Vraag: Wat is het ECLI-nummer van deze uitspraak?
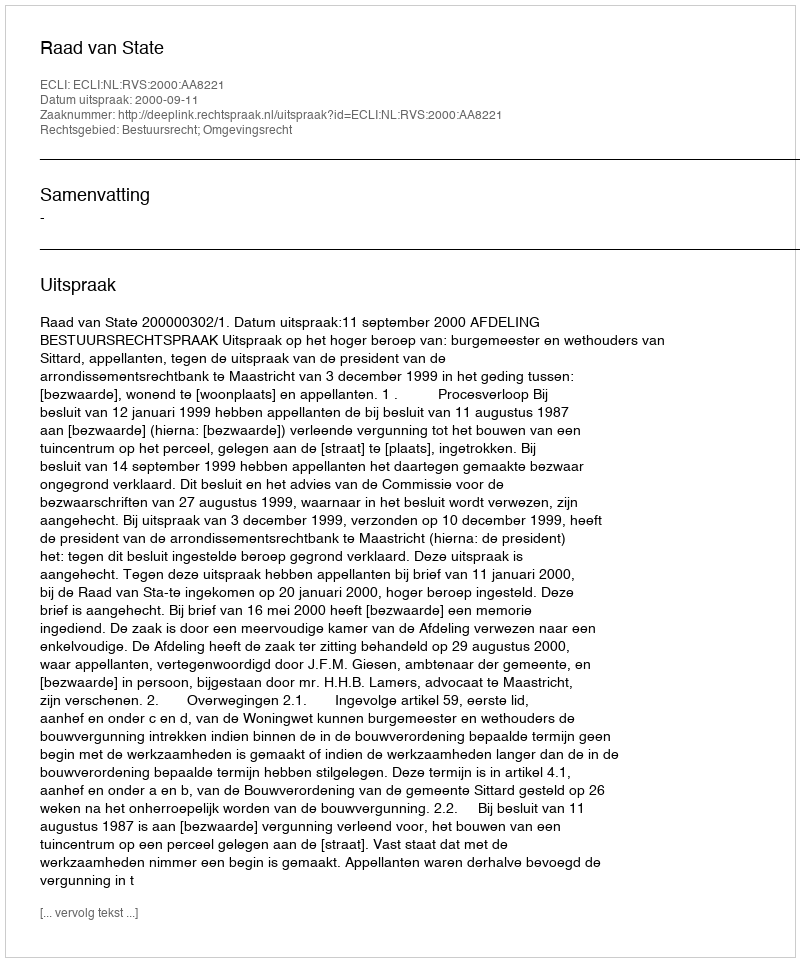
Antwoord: ECLI:NL:RVS:2000:AA8221